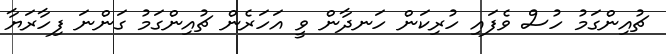
ޗުއިންގަމު ހުސް ވެފައި ހުރިކަން ހަނދާން ވީ އަހަރެން ޗުއިންގަމު ގަންނަ ފިހާރަޔާ